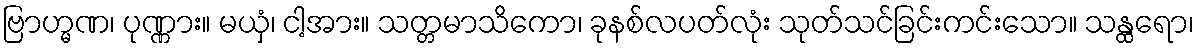
ဗြာဟ္မဏ၊ ပုဏ္ဏား။ မယှံ၊ ငါ့အား။ သတ္တမာသိကော၊ ခုနစ်လပတ်လုံး သုတ်သင်ခြင်းကင်းသော။ သန္ထရော၊